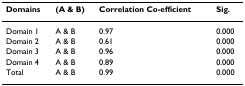
<table><thead><tr><td><b>Domains</b></td><td><b>(A &amp; B)</b></td><td><b>Correlation Co-efficient</b></td><td><b>Sig.</b></td></tr></thead><tbody><tr><td>Domain 1</td><td>A &amp; B</td><td>0.97</td><td>0.000</td></tr><tr><td>Domain 2</td><td>A &amp; B</td><td>0.61</td><td>0.000</td></tr><tr><td>Domain 3</td><td>A &amp; B</td><td>0.96</td><td>0.000</td></tr><tr><td>Domain 4</td><td>A &amp; B</td><td>0.89</td><td>0.000</td></tr><tr><td>Total</td><td>A &amp; B</td><td>0.99</td><td>0.000</td></tr></tbody></table>